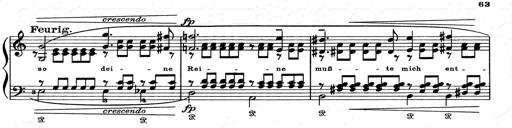
Title: Aus Lohengrin
Composer: Franz Liszt